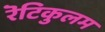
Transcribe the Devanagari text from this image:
रॆटिकुलम